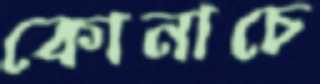
কোনাচে